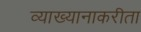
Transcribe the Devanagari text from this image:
व्याख्यानाकरीता